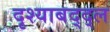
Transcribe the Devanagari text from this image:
दृश्याबद्द्ल